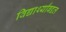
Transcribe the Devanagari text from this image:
विद्यार्थ्यांबद्दल